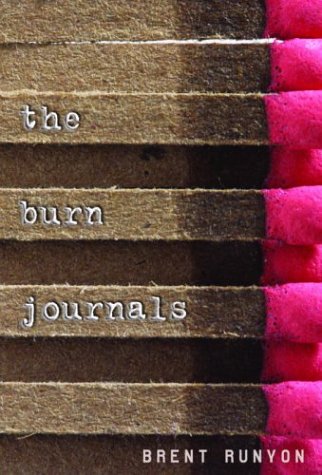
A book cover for The Burn Journals; Brent Runyon; Teen & Young Adult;